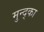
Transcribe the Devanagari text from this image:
मुन्द्का